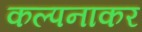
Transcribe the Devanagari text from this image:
कल्पनाकर